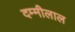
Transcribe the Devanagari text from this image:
दम्मीलाल